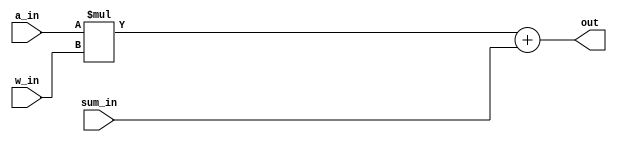
`timescale 1ns / 1ps
//////////////////////////////////////////////////////////////////////////////////
// Company: 
// Engineer: 
// 
// Design Name: 
// Module Name: macc
// Project Name: 
// Target Devices: 
// Tool Versions: 
// Description: 
// 
// Dependencies: 
// 
// Revision:
// Revision 0.01 - File Created
// Additional Comments:
// 
//////////////////////////////////////////////////////////////////////////////////

module macc #(
	parameter	 ACT_BITWIDTH							 	 = 16,
	parameter	 WGT_BITWIDTH							     = 16,
	parameter	 SUM_IN_BITWIDTH							 = 64,
	parameter	 INTER_BITWIDTH							     = 65,
	parameter	 MULT_OUT_BITWIDTH							 = ACT_BITWIDTH + WGT_BITWIDTH
	//parameter	 ACT_OUT_BITWIDT							 = ACT_BITWIDTH
)(
	input					[ACT_BITWIDTH - 	1 : 0]			a_in,
	input					[WGT_BITWIDTH - 	1 : 0]			w_in,
	input					[SUM_IN_BITWIDTH -  1 : 0]			sum_in,
	output					[INTER_BITWIDTH -   1 : 0]			out
);
	
	wire	  signed		[ACT_BITWIDTH - 	1 : 0]			_a_in;
	wire	  signed 		[WGT_BITWIDTH - 	1 : 0]			_w_in;
	wire	  signed		[MULT_OUT_BITWIDTH- 1 : 0]			_mult_out;
	wire	  signed		[SUM_IN_BITWIDTH -  1 : 0]			_sum_in;
	
	assign	  _a_in = a_in;
	assign 	  _w_in = w_in;
	assign	  _sum_in = sum_in;
	
	
	assign 	  _mult_out    = _a_in * _w_in;
	

	wire 	  signed		[INTER_BITWIDTH - 	1 : 0]			_sum_out;
	
	assign	  _sum_out = _mult_out + _sum_in;
	
	assign	  out      =  _sum_out;
	
endmodule